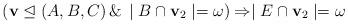
LaTeX: \begin{align*}(\mathbf{v}\mathrel{\trianglelefteq} (A, B, C)\, \&\, \mid B \cap \mathbf{v}_2\mid = \omega) \Rightarrow \mid E \cap \mathbf{v}_2\mid = \omega\end{align*}